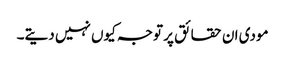
مودی ان حقائق پر توجہ کیوں نہیں دیتے۔